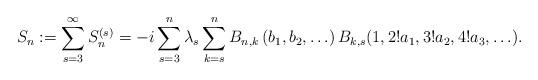
LaTeX: \begin{align*}S_n &:= \sum_{s=3}^\infty S_n^{(s)} = -i \sum_{s=3}^n \lambda_s \sum_{k=s}^n B_{n,k} \left( b_1, b_2, \ldots \right) B_{k,s}(1, 2! a_1, 3! a_2, 4! a_3, \ldots ).\end{align*}